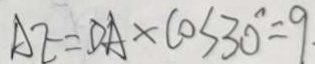
A E = D A \times C O s 3 0 ^ { \circ } = 9